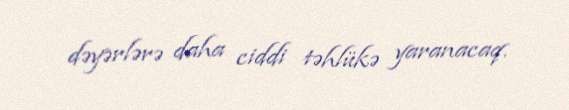
dəyərlərə daha ciddi təhlükə yaranacaq.